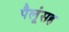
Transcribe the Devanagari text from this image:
पैलूंसह